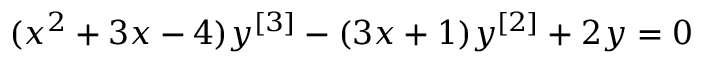
( x ^ { 2 } + 3 x - 4 ) y ^ { [ 3 ] } - ( 3 x + 1 ) y ^ { [ 2 ] } + 2 y = 0